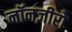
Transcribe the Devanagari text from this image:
नॉनज़ीरो